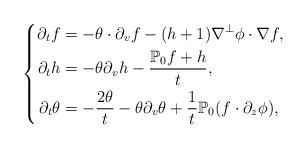
LaTeX: \begin{align*}\left\{\begin{aligned}\partial_tf&=-\theta\cdot\partial_vf-(h+1)\nabla^{\perp}\phi\cdot\nabla f,\\\partial_th&=-\theta\partial_vh-\frac{\mathbb{P}_0f+h}{t},\\\partial_t\theta&=-\frac{2\theta}{t}-\theta\partial_v\theta+\frac{1}{t}\mathbb{P}_0(f\cdot\partial_z\phi),\end{aligned}\right.\end{align*}